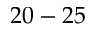
2 0 - 2 5